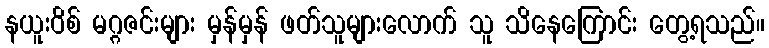
နယူးဝိစ် မဂ္ဂဇင်းများ မှန်မှန် ဖတ်သူများလောက် သူ သိနေကြောင်း တွေ့ရသည်။